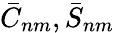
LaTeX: \bar{C}_{nm},\bar{S}_{nm}